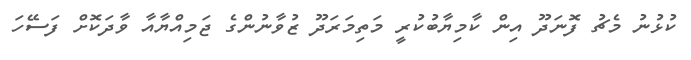
ކުޅުނު މެޗު ފޮނަދޫ އިން ކާމިޔާބުކުރީ މަތިމަރަދޫ ޒުވާނުންގެ ޖަމިއްޔާއާ ވާދަކޮށް ފަސޭހަ